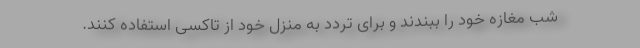
شب مغازه خود را ببندند و برای تردد به منزل خود از تاکسی استفاده کنند.